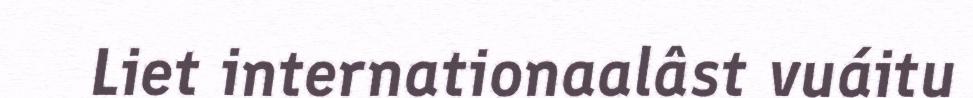
Liet internationaalâst vuáitu